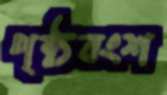
পৃষ্ঠবংশ